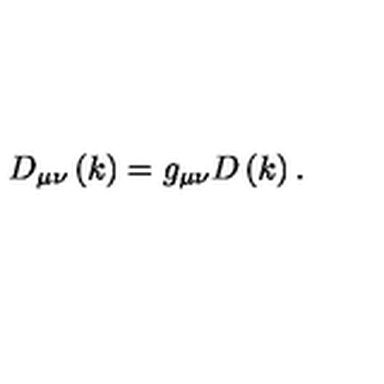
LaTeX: D _ { \mu \nu } \left( k \right) = g _ { \mu \nu } D \left( k \right) .